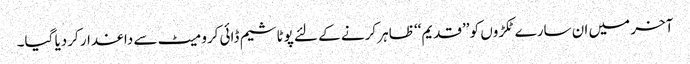
آخر میں ان سارے ٹکڑوں کو ’’قدیم‘‘ ظاہر کرنے کے لئے پوٹاشیم ڈائی کرومیٹ سے داغدار کردیا گیا۔